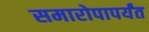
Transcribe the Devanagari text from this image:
समारोपापर्यंत